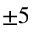
\pm 5